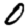
Digit: 0